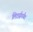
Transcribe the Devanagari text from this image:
लिटर्सपर्यंत